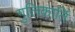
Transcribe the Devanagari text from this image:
गुलिकार्ति